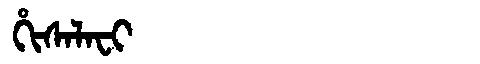
Manchu: ᡥᡳᠰᠠᠯᠠᠸᡳ
Romanization: HISALAFI